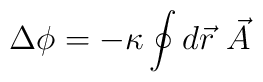
\Delta \phi = - \kappa \oint d{\vec r} \ {\vec A}